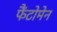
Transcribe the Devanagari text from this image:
फैंटोमेन